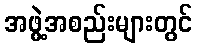
အဖွဲ့အစည်းများတွင်